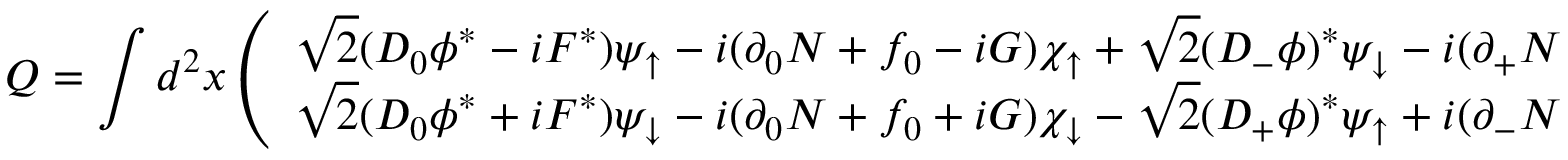
Q = \int d ^ { 2 } x \left( \begin{array} { c } { { \sqrt { 2 } ( D _ { 0 } \phi ^ { * } - i F ^ { * } ) \psi _ { \uparrow } - i ( \partial _ { 0 } N + f _ { 0 } - i G ) \chi _ { \uparrow } + \sqrt { 2 } ( D _ { - } \phi ) ^ { * } \psi _ { \downarrow } - i ( \partial _ { + } N + f _ { + } ) \chi _ { \downarrow } } } \\ { { \sqrt { 2 } ( D _ { 0 } \phi ^ { * } + i F ^ { * } ) \psi _ { \downarrow } - i ( \partial _ { 0 } N + f _ { 0 } + i G ) \chi _ { \downarrow } - \sqrt { 2 } ( D _ { + } \phi ) ^ { * } \psi _ { \uparrow } + i ( \partial _ { - } N + f _ { - } ) \chi _ { \uparrow } } } \end{array} \right)